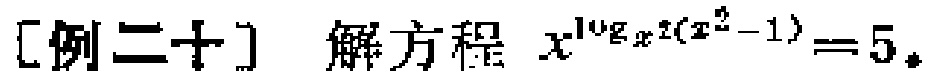
[例二十] 解方程 \(x^{\log_{x^2}(x^2 - 1)} = 5\)。